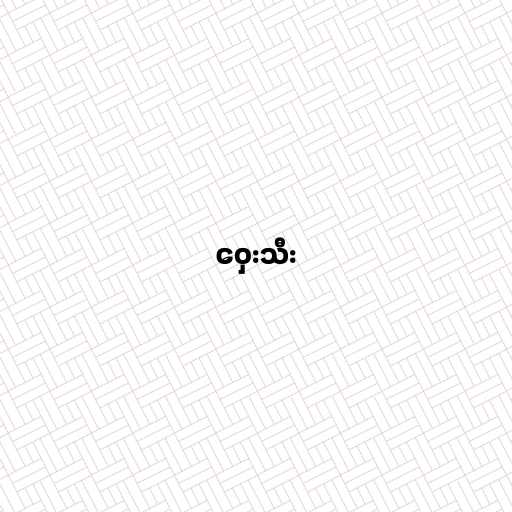
ဝှေးသီး